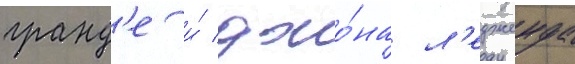
гранд'е и́ джо́на л'едженда